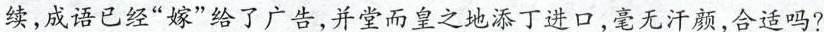
续，成语已经”嫁”给了广告，并堂而皇之地添丁进口，毫无汗颜，合适吗？